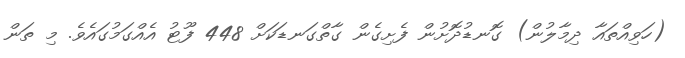
(ހަވިއްތައާ ދިމާލުން) ގޮނޑުދޮށުން ފެށިގެން ގާތްގަނޑަކަށް 448 ފޫޓު އެއްގަމުގައެވެ. މި ތަން